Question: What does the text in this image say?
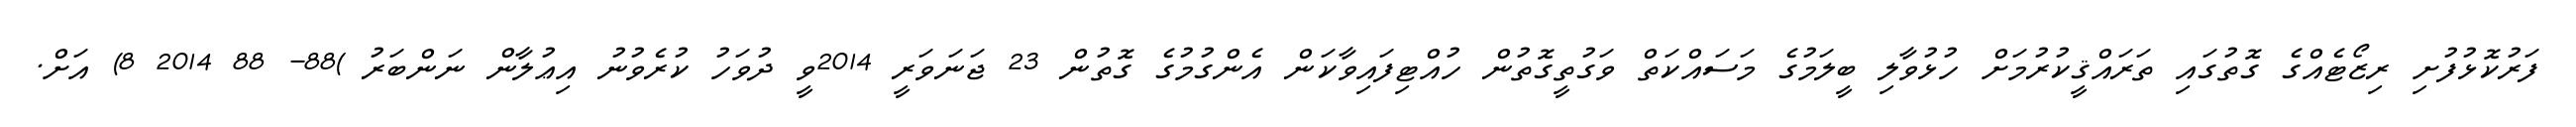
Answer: ފަރުކޮޅުފުށި ރިޒޯޓެއްގެ ގޮތުގައި ތަރައްޤީކުރުމަށް ހުޅުވާލި ބީލަމުގެ މަސައްކަތް ވަގުތީގޮތުން ހުއްޓިފައިވާކަން އެންގުމުގެ ގޮތުން 23 ޖަނަވަރީ 2014ވީ ދުވަހު ކުރެވުނު އިޢުލާން ނަންބަރު )88- 88 2014 8) އަށް.